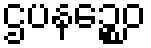
ဌပနဉ္စေဝ